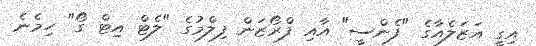
އިގީ އަޒަލެއާގެ "ފެންސީ" އާއި ފްރޯޒަން ފިލްމުގެ "ލެޓް އިޓް ގޯ" ހިމެނެ